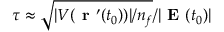
\tau \approx \sqrt { | V ( { \textbf { r } } ^ { \prime } ( t _ { 0 } ) ) | / n _ { f } } / | \textbf { E } ( t _ { 0 } ) |